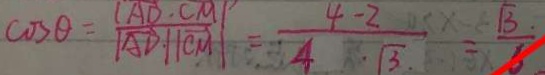
\cos \theta = \frac { \vert A D \cdot C M \vert } { \vert A D \vert \cdot \vert C M \vert } = \frac { 4 - 2 } { 4 \cdot \sqrt { 3 } } = \frac { \sqrt { 3 } } { 6 }